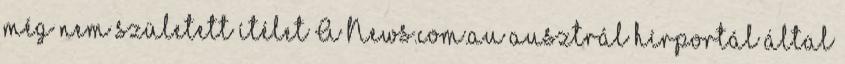
még nem született ítélet A News.com.au ausztrál hírportál által